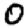
Digit: 0